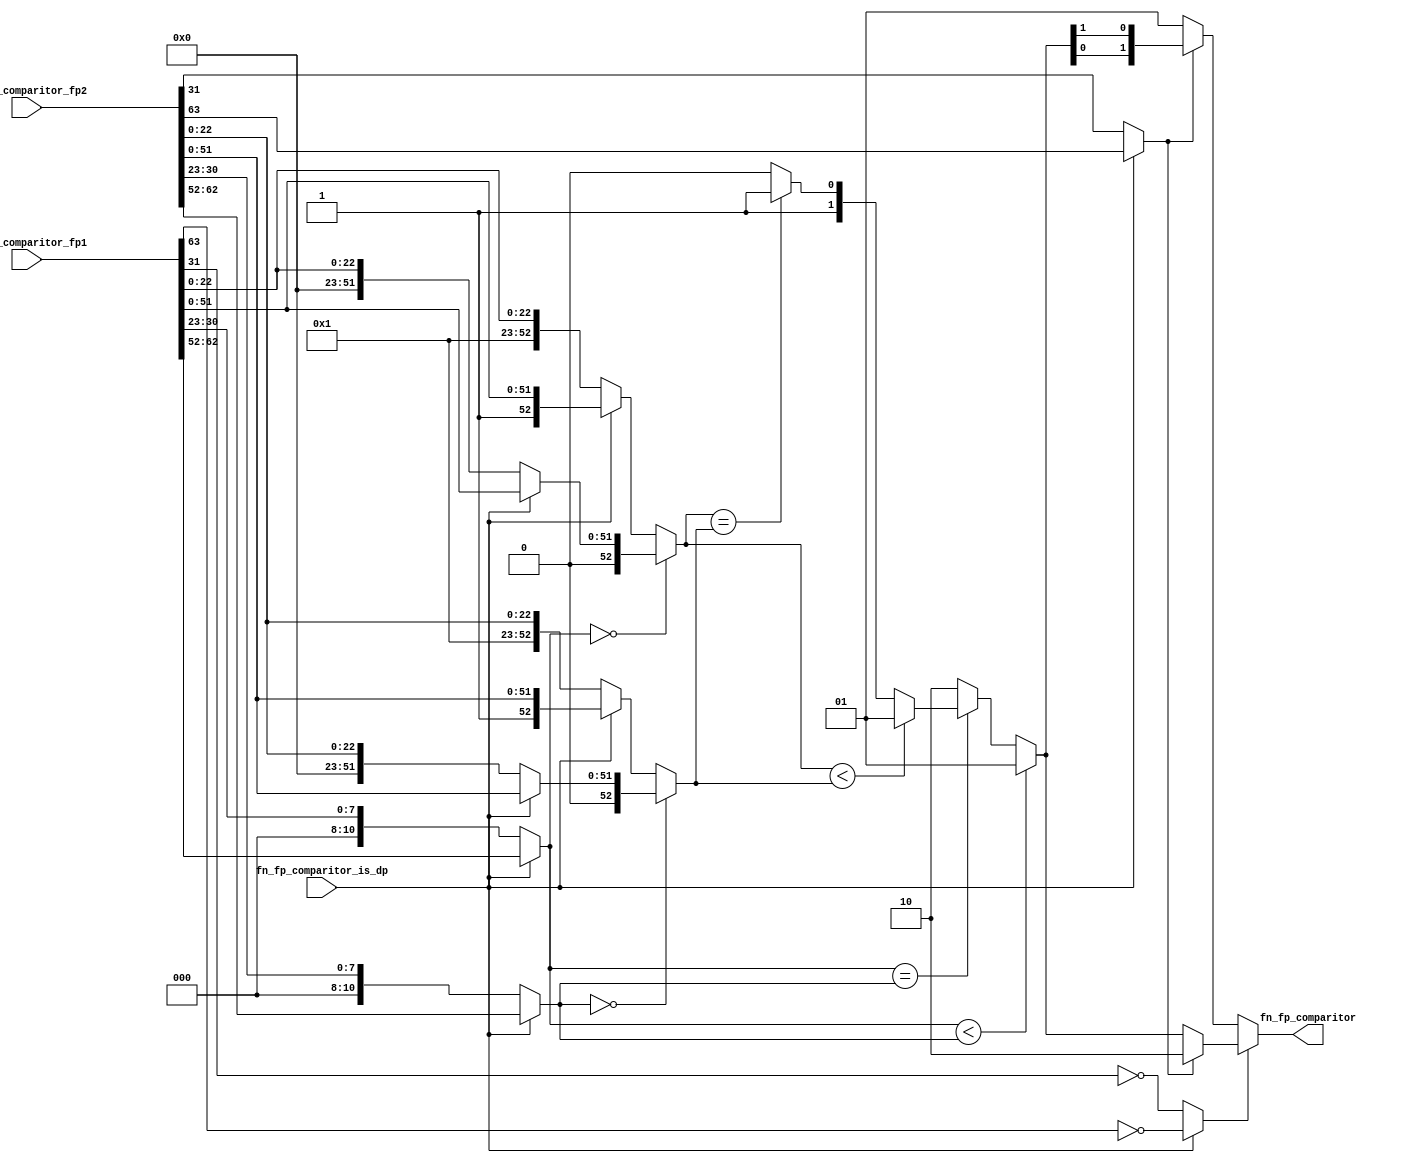
module module_fn_fp_comparitor(fn_fp_comparitor_fp1,
			       fn_fp_comparitor_fp2,
			       fn_fp_comparitor_is_dp,
			       fn_fp_comparitor);
  // value method fn_fp_comparitor
  input  [63 : 0] fn_fp_comparitor_fp1;
  input  [63 : 0] fn_fp_comparitor_fp2;
  input  fn_fp_comparitor_is_dp;
  output [1 : 0] fn_fp_comparitor;

  // signals for module outputs
  wire [1 : 0] fn_fp_comparitor;

  // remaining internal signals
  wire [52 : 0] _theResult_____2__h36,
		_theResult_____3__h35,
		mantissa1__h302,
		mantissa1__h329,
		mantissa1__h358,
		mantissa1__h386,
		mantissa2__h416,
		mantissa2__h443,
		mantissa2__h472,
		mantissa2__h500;
  wire [10 : 0] exponent1__h30,
		exponent1__h56,
		exponent2__h33,
		exponent2__h58;
  wire [1 : 0] IF_IF_fn_fp_comparitor_is_dp_THEN_fn_fp_compar_ETC___d43,
	       _theResult_____1__h38;
  wire IF_fn_fp_comparitor_is_dp_THEN_fn_fp_comparito_ETC___d8;

  // value method fn_fp_comparitor
  assign fn_fp_comparitor =
	     (fn_fp_comparitor_is_dp ?
		!fn_fp_comparitor_fp1[63] :
		!fn_fp_comparitor_fp1[31]) ?
	       (IF_fn_fp_comparitor_is_dp_THEN_fn_fp_comparito_ETC___d8 ?
		  2'b10 :
		  _theResult_____1__h38) :
	       (IF_fn_fp_comparitor_is_dp_THEN_fn_fp_comparito_ETC___d8 ?
		  { _theResult_____1__h38[0], _theResult_____1__h38[1] } :
		  2'b01) ;

  // remaining internal signals
  assign IF_IF_fn_fp_comparitor_is_dp_THEN_fn_fp_compar_ETC___d43 =
	     (exponent1__h30 == exponent2__h33) ?
	       ((_theResult_____3__h35 < _theResult_____2__h36) ?
		  2'b01 :
		  ((_theResult_____3__h35 == _theResult_____2__h36) ?
		     2'b11 :
		     2'b10)) :
	       2'b10 ;
  assign IF_fn_fp_comparitor_is_dp_THEN_fn_fp_comparito_ETC___d8 =
	     fn_fp_comparitor_is_dp ?
	       fn_fp_comparitor_fp2[63] :
	       fn_fp_comparitor_fp2[31] ;
  assign _theResult_____1__h38 =
	     (exponent1__h30 < exponent2__h33) ?
	       2'b01 :
	       IF_IF_fn_fp_comparitor_is_dp_THEN_fn_fp_compar_ETC___d43 ;
  assign _theResult_____2__h36 =
	     (exponent2__h33 == 11'd0) ?
	       (fn_fp_comparitor_is_dp ? mantissa2__h443 : mantissa2__h416) :
	       (fn_fp_comparitor_is_dp ? mantissa2__h500 : mantissa2__h472) ;
  assign _theResult_____3__h35 =
	     (exponent1__h30 == 11'd0) ?
	       (fn_fp_comparitor_is_dp ? mantissa1__h329 : mantissa1__h302) :
	       (fn_fp_comparitor_is_dp ? mantissa1__h386 : mantissa1__h358) ;
  assign exponent1__h30 =
	     fn_fp_comparitor_is_dp ?
	       fn_fp_comparitor_fp1[62:52] :
	       exponent1__h56 ;
  assign exponent1__h56 = { 3'd0, fn_fp_comparitor_fp1[30:23] } ;
  assign exponent2__h33 =
	     fn_fp_comparitor_is_dp ?
	       fn_fp_comparitor_fp2[62:52] :
	       exponent2__h58 ;
  assign exponent2__h58 = { 3'd0, fn_fp_comparitor_fp2[30:23] } ;
  assign mantissa1__h302 = { 30'd0, fn_fp_comparitor_fp1[22:0] } ;
  assign mantissa1__h329 = { 1'd0, fn_fp_comparitor_fp1[51:0] } ;
  assign mantissa1__h358 = { 30'd1, fn_fp_comparitor_fp1[22:0] } ;
  assign mantissa1__h386 = { 1'd1, fn_fp_comparitor_fp1[51:0] } ;
  assign mantissa2__h416 = { 30'd0, fn_fp_comparitor_fp2[22:0] } ;
  assign mantissa2__h443 = { 1'd0, fn_fp_comparitor_fp2[51:0] } ;
  assign mantissa2__h472 = { 30'd1, fn_fp_comparitor_fp2[22:0] } ;
  assign mantissa2__h500 = { 1'd1, fn_fp_comparitor_fp2[51:0] } ;
endmodule